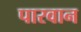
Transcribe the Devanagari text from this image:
पारवान